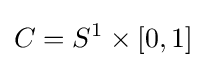
C=S^{1}\times [0,1]